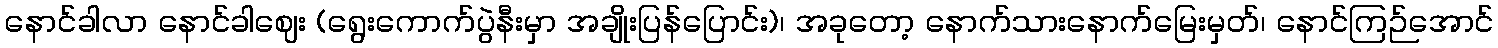
နောင်ခါလာ နောင်ခါဈေး (ရွေးကောက်ပွဲနီးမှာ အချိုးပြန်ပြောင်း)၊ အခုတော့ နောက်သားနောက်မြေးမှတ်၊ နောင်ကြဉ်အောင်